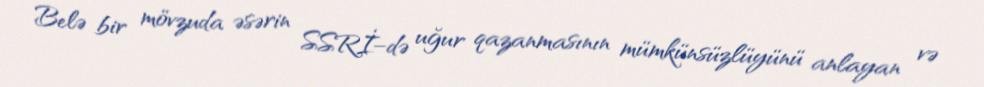
Belə bir mövzuda əsərin SSRİ–də uğur qazanmasının mümkünsüzlüyünü anlayan və